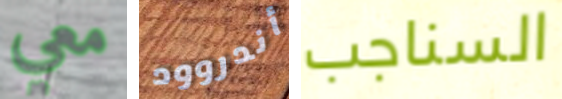
معي أندروود السناجب